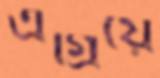
এগ্রিয়ে